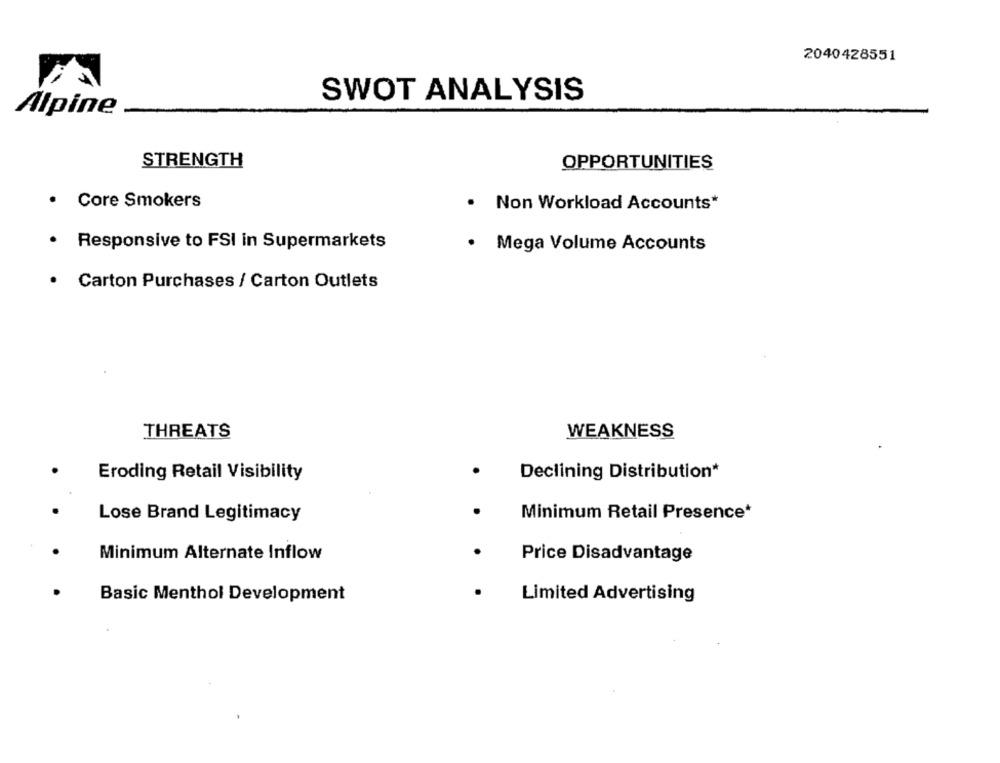
2040428551
SWOT ANALYSIS
Alpine
STRENGTH
OPPORTUNITIES
· Core Smokers
. Non Workload Accounts*
· Responsive to FSI in Supermarkets
.
Mega Volume Accounts
· Carton Purchases / Carton Outlets
THREATS
WEAKNESS
Eroding Retail Visibility
Declining Distribution*
Lose Brand Legitimacy
Minimum Retail Presence*
Minimum Alternate Inflow
Price Disadvantage
Basic Menthol Development
Limited Advertising